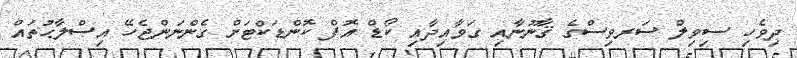
ދިވެހި ސިވިލް ސަރވިސްގެ ޤާނޫނާއި ގަވާއިދާއި ކޯޑް އޮފް ކޮންޑަކްޓަށް ގެންނަންޖެހޭ އިޞްލާޙުތައް